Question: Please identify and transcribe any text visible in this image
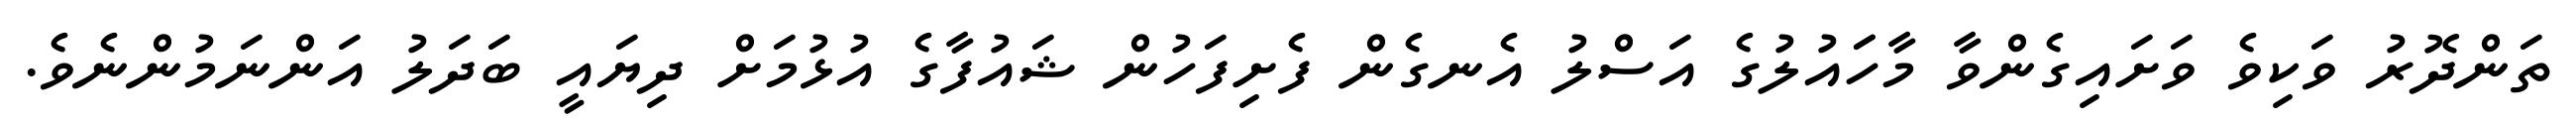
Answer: ތަންދޮރު ވަކިވެ ވަށައިގެންވާ މާހަައުލުގެ އަސްލު އެނގެން ފެށިފަހުން ޝައުފާގެ އުޅުމަށް ދިޔައީ ބަދަލު އަންނަމުންނެވެ.